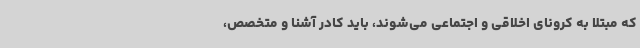
که مبتلا به کرونای اخلاقی و اجتماعی می‌شوند، باید کادر آشنا و متخصص،